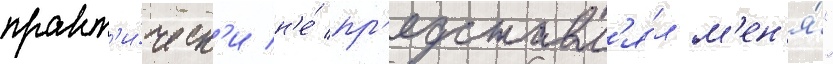
практ'и́ческ'и н'е́ пр'едставл'я́л м'ен'я́"